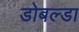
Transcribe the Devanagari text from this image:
डोबल्डा